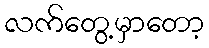
လက်တွေ့မှာတော့